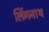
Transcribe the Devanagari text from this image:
लिंगनाथ